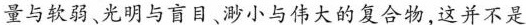
量与软弱、光明与盲目、渺小与伟大的复合物,这并不是